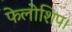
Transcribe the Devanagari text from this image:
फेलोशिप।